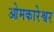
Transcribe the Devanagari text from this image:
ओमकारेश्वर